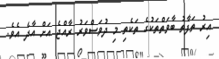
އިރު ތަފާތު ބާވަތްތަކުގެ ތަކެތި މި ދުވަސްވަރު ރާއްޖެ އަށް އާދެ އެވެ.